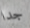
جدا